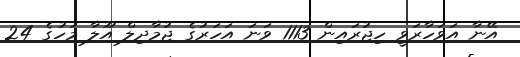
އޭނާ އަވަހާރަވީ ހިޖުރައިން 1113 ވަނަ އަހަރުގެ ޖުމާދިލް އޫލާ މަހުގެ 24